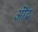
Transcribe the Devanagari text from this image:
ऒद्र